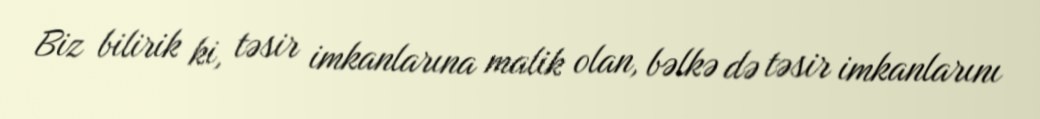
Biz bilirik ki, təsir imkanlarına malik olan, bəlkə də təsir imkanlarını